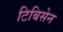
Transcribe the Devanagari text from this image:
टिबिसेन